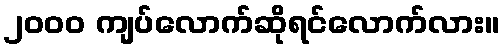
၂၀၀၀ ကျပ်လောက်ဆိုရင်လောက်လား။